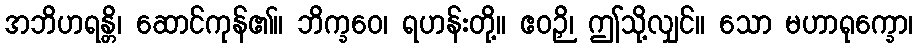
အဘိဟရန္တိ၊ ဆောင်ကုန်၏။ ဘိက္ခဝေ၊ ရဟန်းတို့။ ဧဝဉှိ၊ ဤသို့လျှင်။ သော မဟာရုက္ခော၊